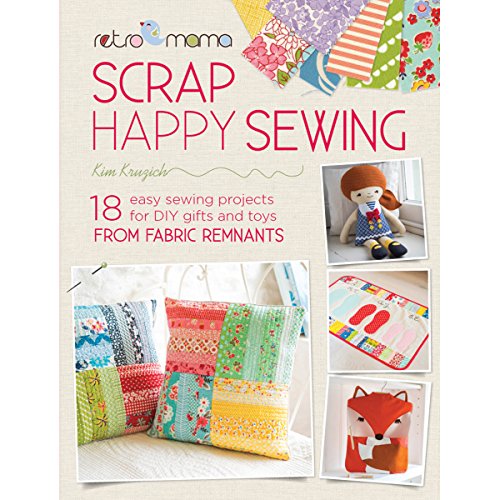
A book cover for Retro Mama Scrap Happy Sewing: 18 Easy Sewing Projects for DIY Gifts and Toys from Fabric Remnants; Kim Kruzich; Crafts, Hobbies & Home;